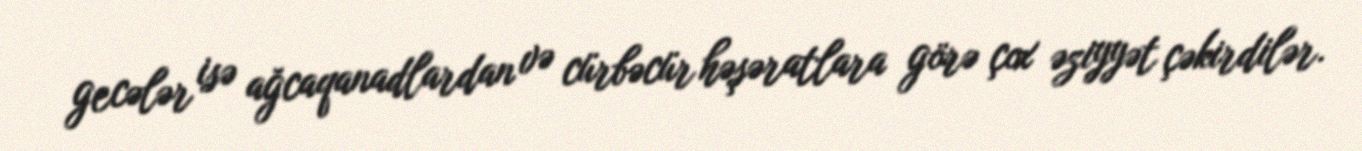
gecələr isə ağcaqanadlardan və cürbəcür həşəratlara görə çox əziyyət çəkirdilər.